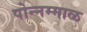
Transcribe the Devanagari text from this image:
पोन्नम्माळ